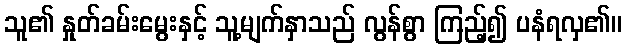
သူ၏ နှုတ်ခမ်းမွေးနှင့် သူ့မျက်နှာသည် လွန်စွာ ကြည့်၍ ပနံရလှ၏။